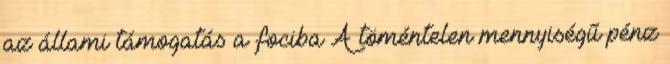
az állami támogatás a fociba A töméntelen mennyiségű pénz